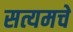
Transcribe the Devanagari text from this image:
सत्यमचे